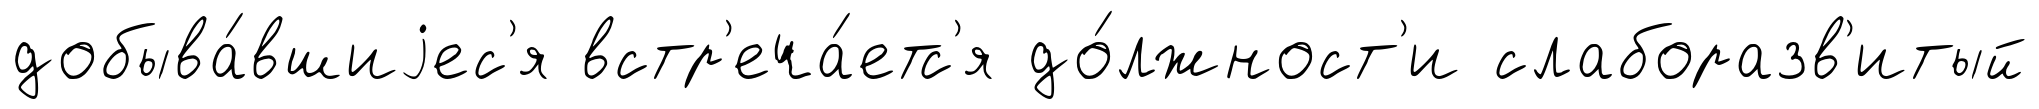
добыва́вшиjес'я встр'еча́етс'я до́лжност'и слаборазв'итый